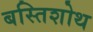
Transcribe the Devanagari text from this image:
बस्तिशोथ